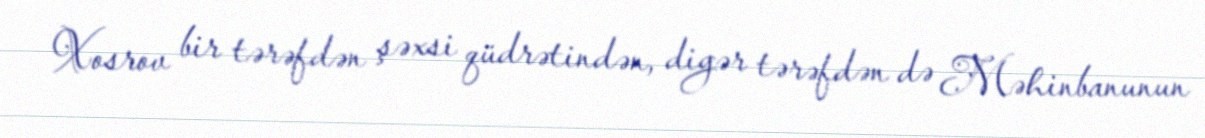
Xosrov bir tərəfdən şəxsi qüdrətindən, digər tərəfdən də Məhinbanunun